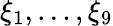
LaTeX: \xi_{1},\ldots,\xi_{9}